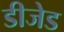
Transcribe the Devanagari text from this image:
डीजेड